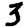
Digit: 3